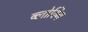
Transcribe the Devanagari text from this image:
ब्‍लोविग